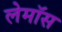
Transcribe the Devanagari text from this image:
लेमॉस